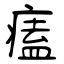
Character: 𤸱